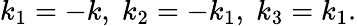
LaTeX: k_{1}=-k,\; k_{2}=-k_{1},\; k_{3}=k_{1}.